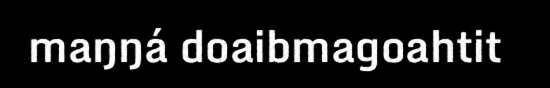
maŋŋá doaibmagoahtit